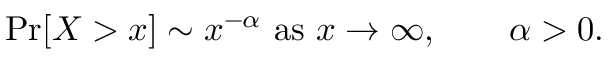
\operatorname* { P r } [ X > x ] \sim x ^ { - \alpha } { \mathrm { ~ a s ~ } } x \to \infty , \qquad \alpha > 0 .